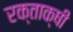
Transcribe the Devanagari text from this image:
रक्ताक्षी